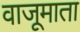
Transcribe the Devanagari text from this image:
वाजूमाता